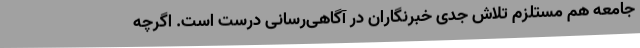
جامعه هم مستلزم تلاش جدی خبرنگاران در آگاهی‌رسانی درست است. اگرچه